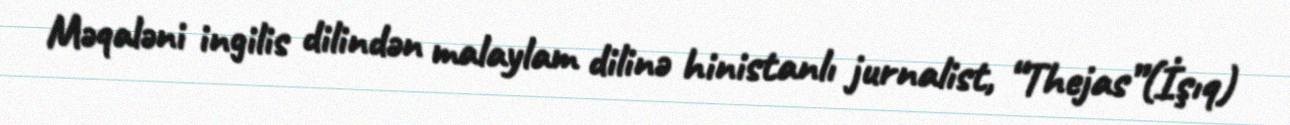
Məqaləni ingilis dilindən malaylam dilinə hinistanlı jurnalist, “Thejas”(İşıq)